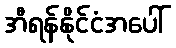
အီရန်နိုင်ငံအပေါ်